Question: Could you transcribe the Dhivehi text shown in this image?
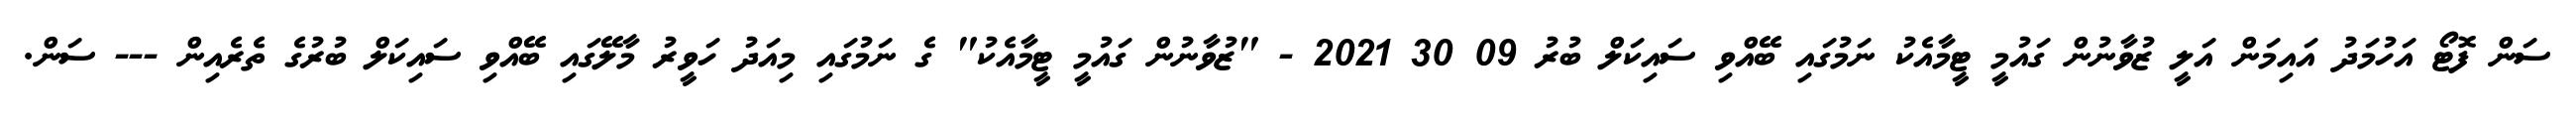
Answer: ސަން ފޮޓޯ އަހުމަދު އައިމަން އަލީ ޒުވާނުން ގައުމީ ޓީމާއެކު ނަމުގައި ބޭއްވި ސައިކަލް ބުރު 09 30 2021 - "ޒުވާނުން ގައުމީ ޓީމާއެކު" ގެ ނަމުގައި މިއަދު ހަވީރު މާލޭގައި ބޭއްވި ސައިކަލް ބުރުގެ ތެރެއިން --- ސަން.